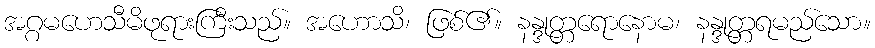
အဂ္ဂမဟေသီမိဖုရားကြီးသည်။ အဟောသိ၊ ဖြစ်၏။ နန္ဒုတ္တရောနောမ၊ နန္ဒုတ္တရမည်သော။